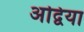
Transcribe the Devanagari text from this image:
अद्विया